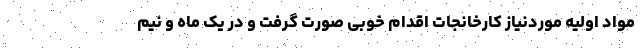
مواد اولیه موردنیاز کارخانجات اقدام خوبی صورت گرفت و در یک ماه و نیم